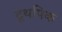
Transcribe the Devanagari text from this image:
टूथपिक